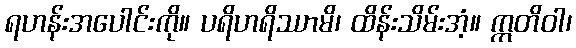
ရဟန်းအပေါင်းကို။ ပရိဟရိဿာမိ၊ ထိန်းသိမ်းအံ့။ ဣတိဝါ၊